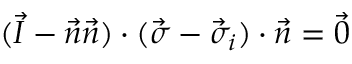
( \vec { I } - \vec { n } \vec { n } ) \cdot ( \vec { \sigma } - \vec { \sigma } _ { i } ) \cdot \vec { n } = \vec { 0 }